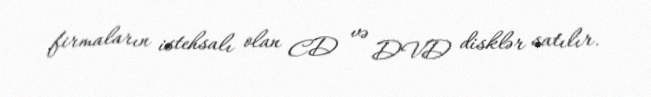
firmaların istehsalı olan CD və DVD disklər satılır.